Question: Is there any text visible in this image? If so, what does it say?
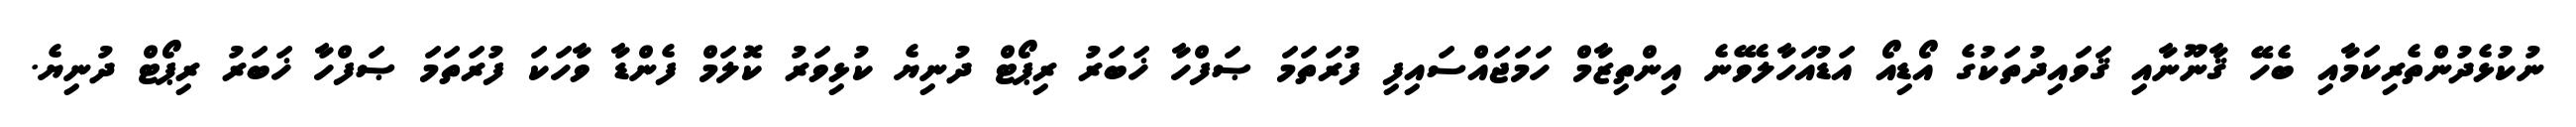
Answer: ނުކުޅެދުންތެރިކަމާއި ބެހޭ ޤާނޫނާއި ޤަވައިދުތަކުގެ އޯޑިއޯ އަޑުއަހާލެވޭނެ އިންތިޒާމް ހަމަޖައްސައިފި ފުރަތަމަ ޞަފްހާ ޚަބަރު ރިޕޯޓް ދުނިޔެ ކުޅިވަރު ކޮލަމް ފެންޑާ ވާހަކަ ފުރަތަމަ ޞަފްހާ ޚަބަރު ރިޕޯޓް ދުނިޔެ.